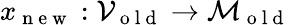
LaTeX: x_{\mathrm{~n~e~w~}}:\mathcal{V}_{\mathrm{~o~l~d~}}\to\mathcal{M}_{\mathrm{~o~l~d~}}